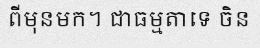
ពីមុនមក។ ជាធម្មតាទេ ចិន